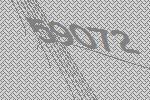
59072